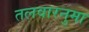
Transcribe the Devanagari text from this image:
तलवारनुमा